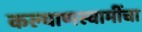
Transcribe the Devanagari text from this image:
कल्याणस्वामींचा